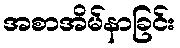
အစာအိမ်နာခြင်း